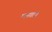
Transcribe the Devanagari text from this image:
मनगटी